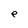
Character: e